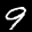
Digit: 9